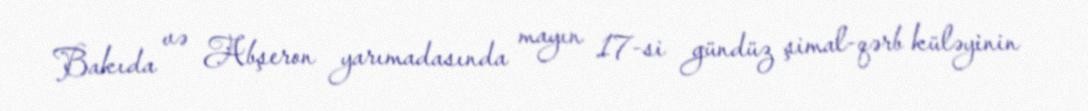
Bakıda və Abşeron yarımadasında mayın 17-si gündüz şimal-qərb küləyinin